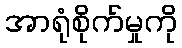
အာရုံစိုက်မှုကို